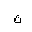
Letter: _tha